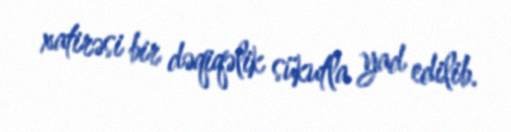
xatirəsi bir dəqiqəlik sükutla yad edilib.